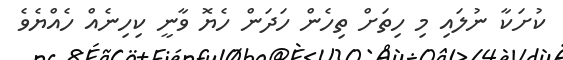
ކުށަކާ ނުލައި މި ހިތަށް ތިހެން ހަދަން ހެޔޮ ވާނީ ކިހިނެއް ހެއްޔެވެ